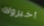
أخبروك